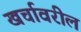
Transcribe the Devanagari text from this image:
खर्चावरील